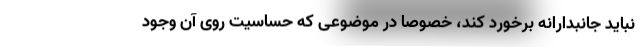
نباید جانبدارانه برخورد کند، خصوصا در موضوعی که حساسیت روی آن وجود